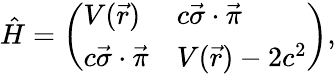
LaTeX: \hat{H}=\left(\begin{array}{ll}{V(\vec{r})}&{c\vec{\sigma}\cdot\vec{\pi}}\\ {c\vec{\sigma}\cdot\vec{\pi}}&{V(\vec{r})-2c^{2}}\end{array}\right),